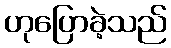
ဟုပြောခဲ့သည်